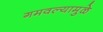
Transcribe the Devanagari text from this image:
गमवल्यामुळे